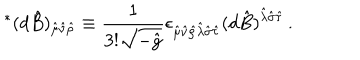
LaTeX: { } ^ { * } ( d \hat { B } ) _ { \hat { \mu } \hat { \nu } \hat { \rho } } \equiv { \frac { 1 } { 3 ! { \sqrt { - { \hat { g } } } } } } \epsilon _ { \hat { \mu } \hat { \nu } \hat { \rho } \hat { \lambda } \hat { \sigma } \hat { \tau } } ( d \hat { B } ) ^ { \hat { \lambda } \hat { \sigma } \hat { \tau } } \, .